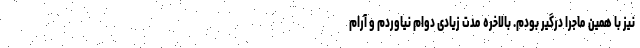
نیز با همین ماجرا درگیر بودم. بالاخره مدت زیادی دوام نیاوردم و آرام